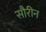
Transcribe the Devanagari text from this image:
सौरीन